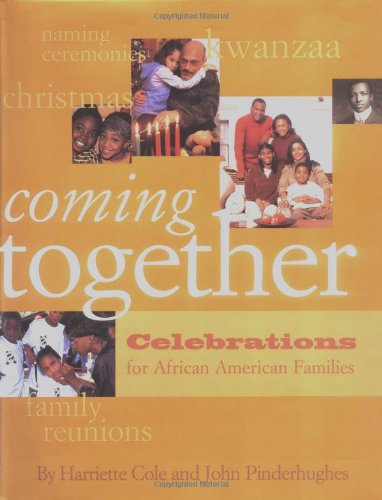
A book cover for Coming Together: Celebrations for African American Families; Harriette Cole; Children's Books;